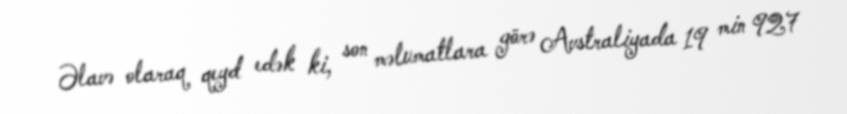
Əlavə olaraq qeyd edək ki, son məlumatlara görə Avstraliyada 19 min 927